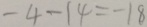
- 4 - 1 4 = - 1 8